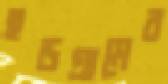
হড়গ্রামের